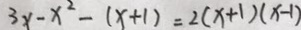
3 x - x ^ { 2 } - ( x + 1 ) = 2 ( x + 1 ) ( x - 1 )